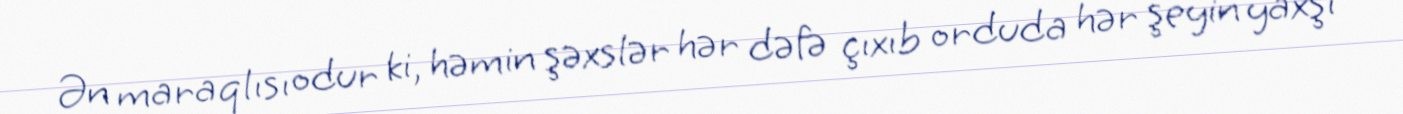
Ən maraqlısı odur ki, həmin şəxslər hər dəfə çıxıb orduda hər şeyin yaxşı